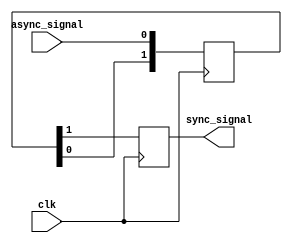
module metastability_filter #(
    parameter NUM_STAGES = 2, // Number of synchronization stages
    parameter CLK_FREQ = 50_000_000 // Clock frequency in Hz
)(
    input wire clk,          // Clock signal
    input wire async_signal, // Asynchronous input signal
    output reg sync_signal   // Synchronized output signal
);

    // Internal signals for synchronization stages
    reg [NUM_STAGES-1:0] sync_ff;

    // Dual-stage synchronizer
    always @(posedge clk) begin
        // Shift the asynchronous signal through the flip-flops
        sync_ff[0] <= async_signal; // First stage
        if (NUM_STAGES > 1) begin
            sync_ff[1] <= sync_ff[0]; // Second stage
        end
        // Additional stages can be added here if NUM_STAGES > 2
    end

    // Output stabilization
    always @(posedge clk) begin
        sync_signal <= sync_ff[NUM_STAGES-1]; // Output the last stage
    end

endmodule